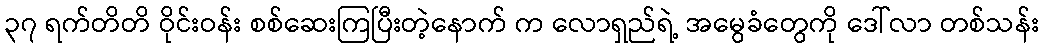
၃၇ ရက်တိတိ ဝိုင်းဝန်း စစ်ဆေးကြပြီးတဲ့နောက် က လောရှည်ရဲ့ အမွေခံတွေကို ဒေါ်လာ တစ်သန်း